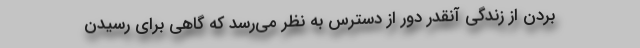
بردن از زندگی آنقدر دور از دسترس به نظر می‌رسد که گاهی برای رسیدن